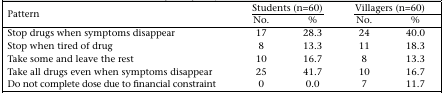
| <ROWSPAN=2> Pattern | <COLSPAN=2> Students (n=60) | <COLSPAN=2> Villagers (n=60) |
 | No. | % | No. | % |
 | --- | --- | --- | --- | --- |
 | Stop drugs when symptoms disappear | 17 | 28.3 | 24 | 40.0 |
 | Stop when tired of drug | 8 | 13.3 | 11 | 18.3 |
 | Take some and leave the rest | 10 | 16.7 | 8 | 13.3 |
 | Take all drugs even when symptoms disappear | 25 | 41.7 | 10 | 16.7 |
 | Do not complete dose due to financial constraint | 0 | 0.0 | 7 | 11.7 |